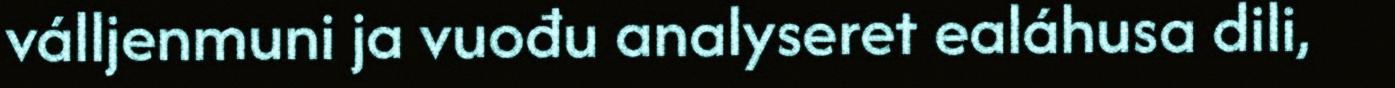
válljenmuni ja vuođu analyseret ealáhusa dili,